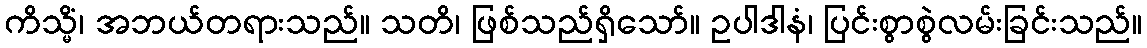
ကိသ္မိံ၊ အဘယ်တရားသည်။ သတိ၊ ဖြစ်သည်ရှိသော်။ ဥပါဒါနံ၊ ပြင်းစွာစွဲလမ်းခြင်းသည်။